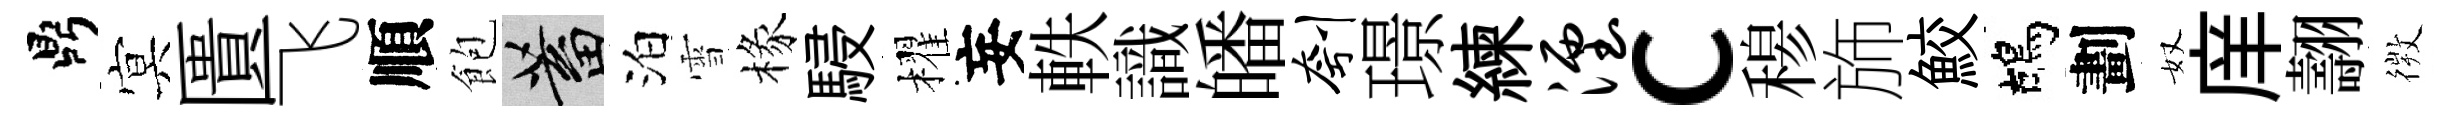
鼎㝠匱飞順飽蓄泊雪椽駸櫂妄軼識皤刳璟練湮c𥠇斾鮫鴣劃奴庠翿𢕄